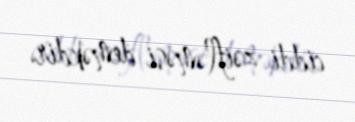
ciddi zəifləməsi deməkdir.